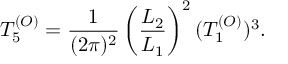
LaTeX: T _ { 5 } ^ { ( O ) } = { \frac { 1 } { ( 2 \pi ) ^ { 2 } } } \left( { \frac { L _ { 2 } } { L _ { 1 } } } \right) ^ { 2 } ( T _ { 1 } ^ { ( O ) } ) ^ { 3 } .